Trukikaitis_Postimees, lk 77
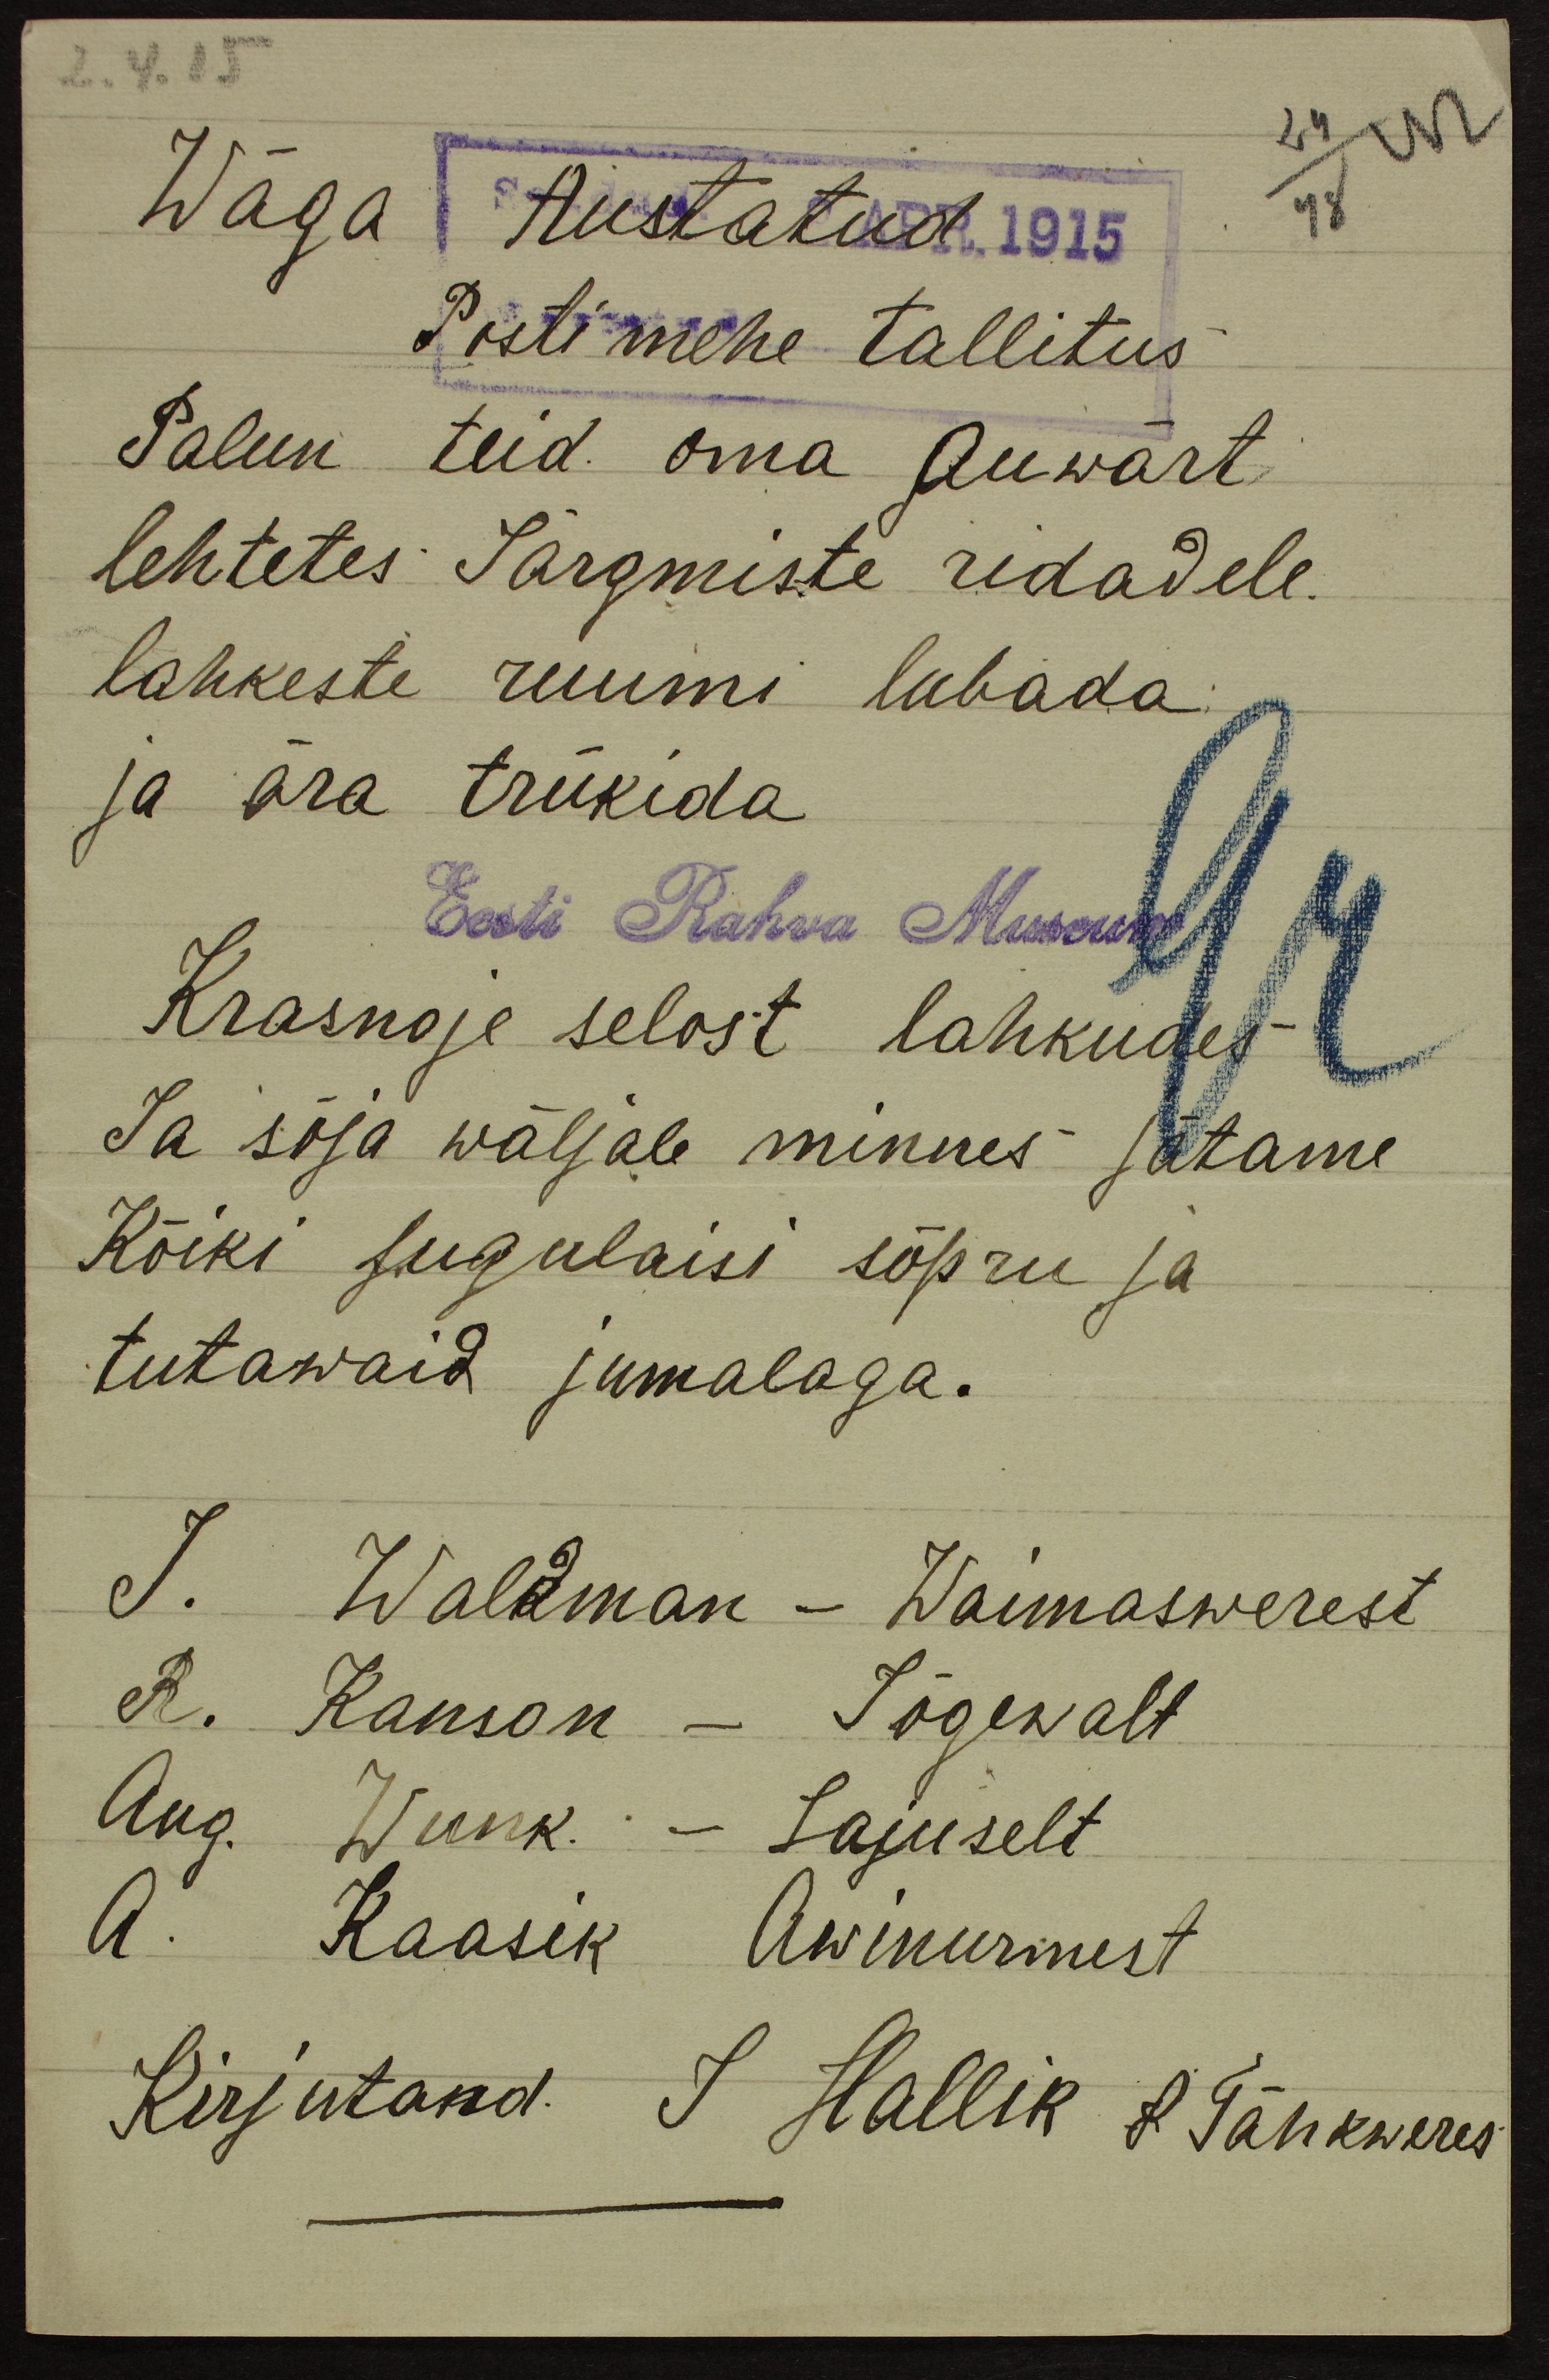
2.4.15
24
42
Wäga Austatud 1915
48
Posti mehe tallitus
Palun teid oma Auwärt
lehtetes Järgmiste ridadele
lahkeste ruumi lubada
ja ära trükida
Eesti Rahva Museum
Krasnoje selost lahkudes
Ja sõja wäljale minnes jätame
Kõiki sugulaisi sõpru ja
tutawaid jumalaga.
J. Waldman - Waimaswerest
R. Kanson - Jõgewalt
Aug. Wunk - Lajuselt
A. Kaasik Awinurmest
Kirjutand J Hallik L Tähkweres